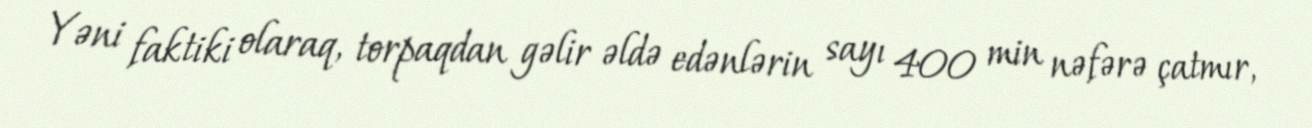
Yəni faktiki olaraq, torpaqdan gəlir əldə edənlərin sayı 400 min nəfərə çatmır,